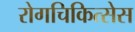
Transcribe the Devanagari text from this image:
रोगचिकित्सेस